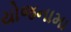
યોજનામા